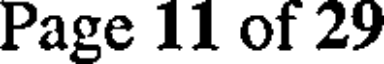
Page 11 of 29